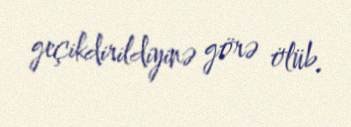
geçikdirildiyinə görə ölüb.